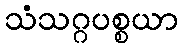
သံသဂ္ဂပစ္စယာ